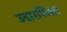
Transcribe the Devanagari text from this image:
उदारशिक्षा